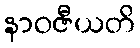
နာဝဇီယတိ